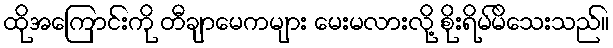
ထိုအကြောင်းကို တီချာမေကများ မေးမလားလို့ စိုးရိမ်မိသေးသည်။